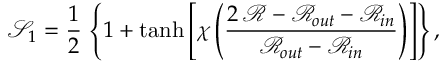
\mathcal { S } _ { 1 } = \frac 1 2 \, \left\{ 1 + \operatorname { t a n h } \left[ \chi \left( \frac { 2 \, \mathcal { R } - \mathcal { R } _ { o u t } - \mathcal { R } _ { i n } } { \mathcal { R } _ { o u t } - \mathcal { R } _ { i n } } \right) \right] \right\} ,